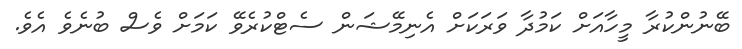
ބޭނުންކުރާ މީހާއަށް ކަމުދާ ވަރަކަށް އެނިމޭޝަން ސެޓްކުރެވޭ ކަމަށް ވެސް ބުނެވެ އެވެ.